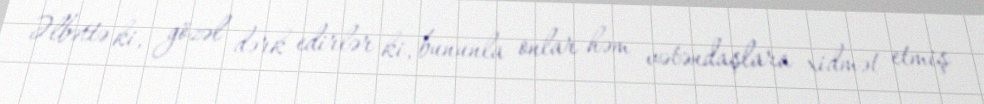
Əlbəttə ki, gözəl dərk edirlər ki, bununla onlar həm vətəndaşlara xidmət etmiş